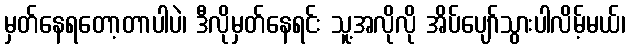
မှတ်နေရတော့တာပါပဲ၊ ဒီလိုမှတ်နေရင်း သူ့အလိုလို အိပ်ပျော်သွားပါလိမ့်မယ်၊